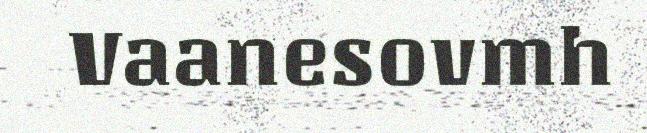
Vaanesovmh